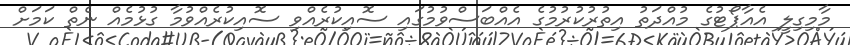
މާމިގިލީ އެއާޕޯޓުގެ މުއްދަތު އިތުރުކުރުމުގެ އެއްބަސްވުމުގައި ސޮއިކުރެއްވި ސޮއިކުރެއްވުމާ ގުޅުމެއް ނެތް ކަމަށް